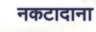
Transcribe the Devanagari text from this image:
नकटादाना